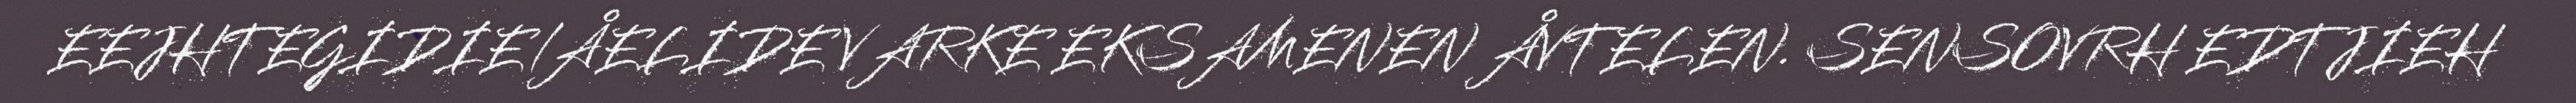
EEJHTEGIDIE/ÅELIDE VARKE EKSAMENEN ÅVTELEN. SENSOVRH EDTJIEH